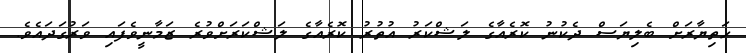
ހަތިޔާރަށް ބެލިޔަސް ދެކުނު ކޮރެއާގެ ލަޝްކަރު އުތުރު ކޮރެއާގެ ލަޝްކަރަށްވުރެ ޒަމާނީވެފައި ވަރުގަދައެވެ.